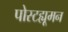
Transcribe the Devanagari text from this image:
पोस्टह्यूमन